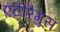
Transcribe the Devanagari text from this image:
एंटीरैगुस